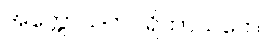
အက္ကောသကပရိဘာသကေ